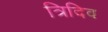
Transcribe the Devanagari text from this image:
त्रिदिव